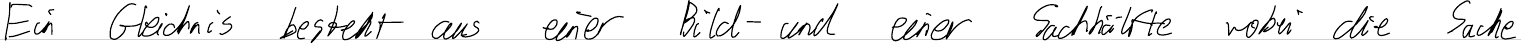
Ein Gleichnis besteht aus einer Bild- und einer Sachhälfte wobei die Sache